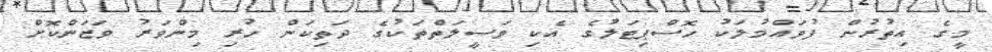
މީގެ އިތުރުން ފުވައްމުލަކު ހޮސްޕިޓަލުގެ އެކި ވަސީލަތްތަކުގެ ދަތިކަން ހުރި މިންވަރު ވަޒަންކޮށް